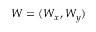
W = ( W _ { x } , W _ { y } )